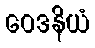
ဝေဒနိယံ